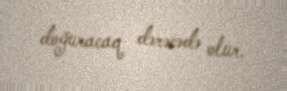
doğuracaq dərəcədə olur.